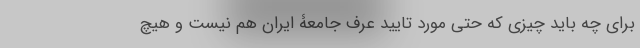
برای چه باید چیزی که حتی مورد تایید عرف جامعۀ ایران هم نیست و هیچ